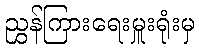
ညွှန်ကြားရေးမှူးရုံးမှ